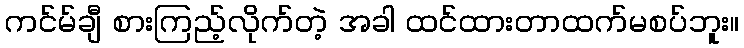
ကင်မ်ချီ စားကြည့်လိုက်တဲ့ အခါ ထင်ထားတာထက်မစပ်ဘူး။